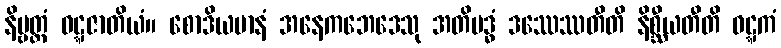
နိဗ္ဗတ္တံ ဝဋ္ဋဇာတိယံ။ စောဒိယမာနံ အနေကဘေဒေသု အတိဗဒ္ဓံ ဒဿေဿတီတိ နိစ္ဆီယတီတိ ဝဋ္ဋကံ